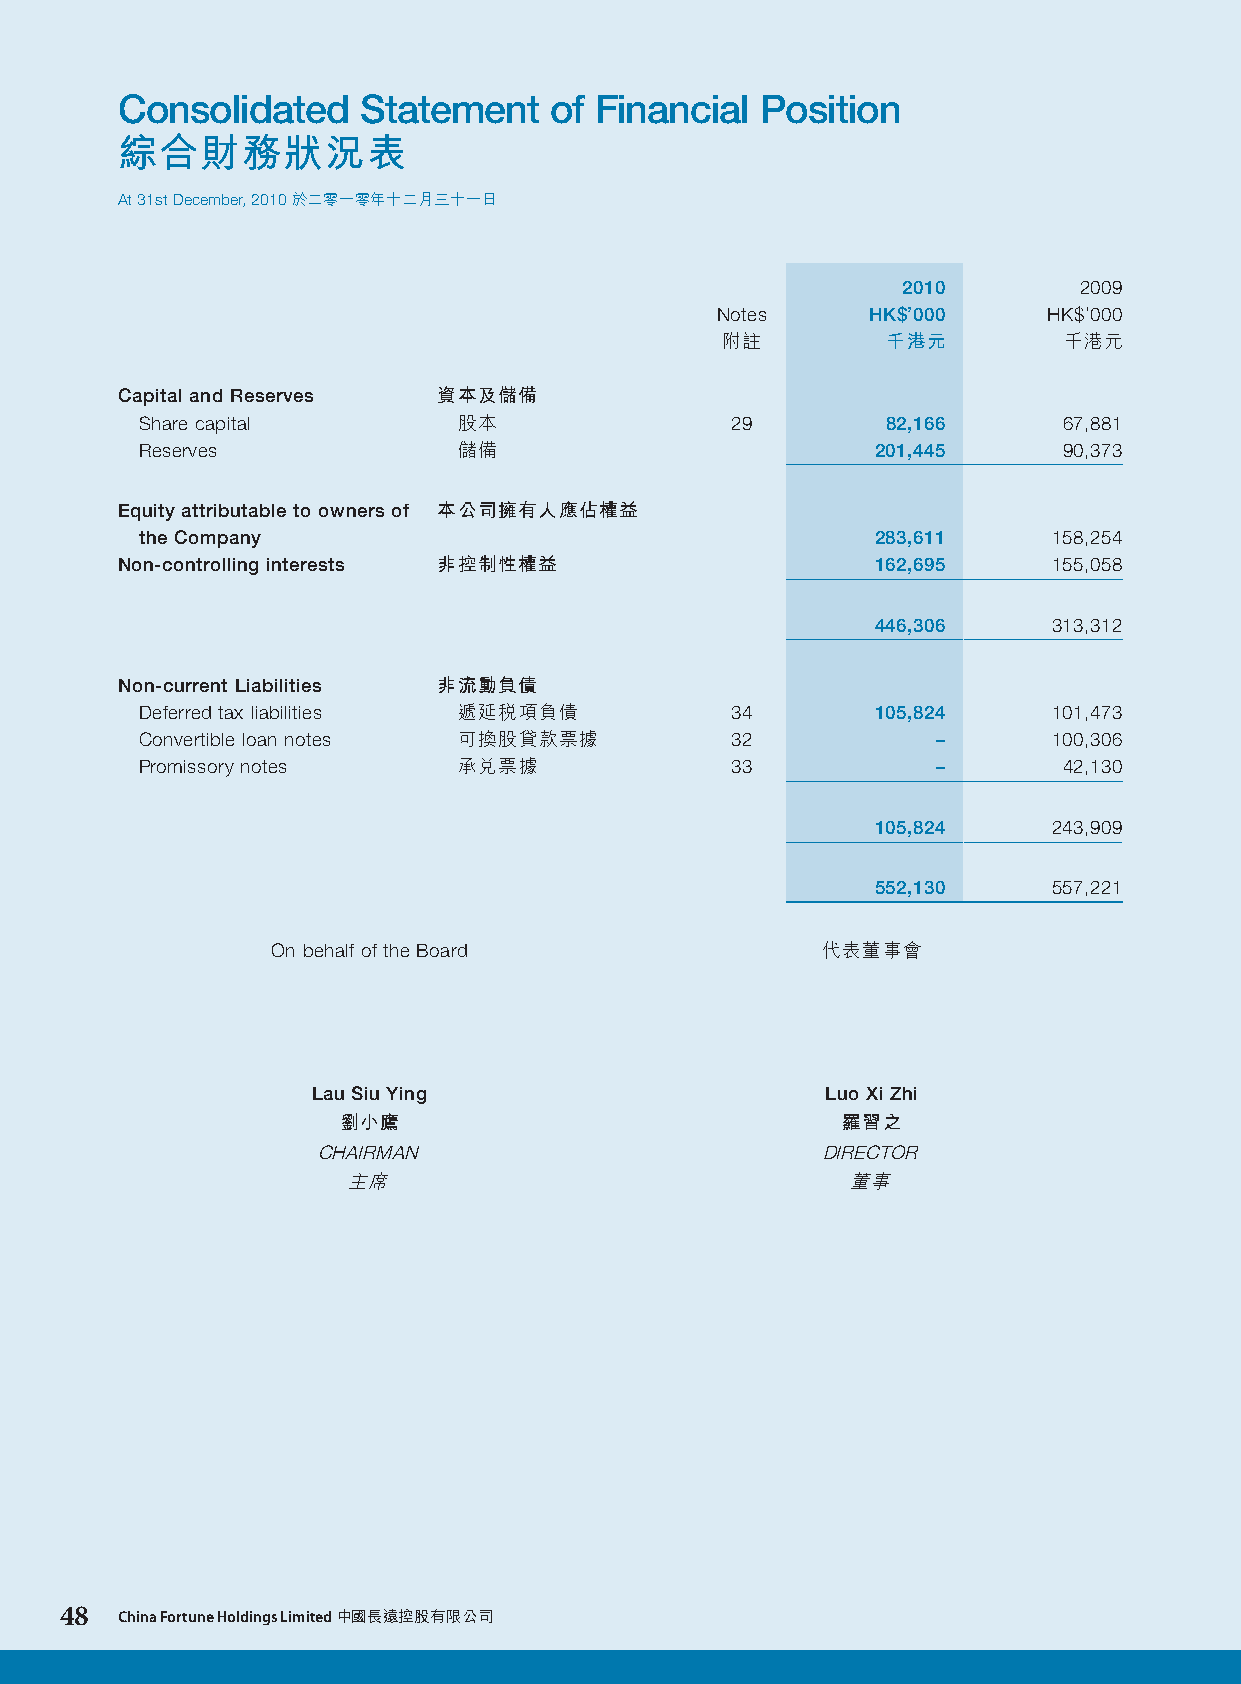
Consolidated    Statement   of Financial  Position
 綜合財務狀況表
 At 31st December, 2010 於二零一零年十二月三十一日
 2010       2009
 Notes     HK$’000     HK$’000
 附註         千港元        千港元
 Capital and Reserves 資本及儲備
 Share capital        股本                29         82,166     67,881
 Reserves             儲備                          201,445     90,373
 Equity attributable to owners of 本公司擁有人應佔權益
 the Company                                      283,611     158,254
 Non-controlling interests 非控制性權益                  162,695     155,058
 446,306     313,312
 Non-current Liabilities 非流動負債
 Deferred tax liabilities 遞延稅項負債        34        105,824     101,473
 Convertible loan notes 可換股貸款票據         32            –       100,306
 Promissory notes     承兌票據              33            –       42,130
 105,824     243,909
 552,130     557,221
 On behalf of the Board              代表董事會
 Lau Siu Ying                      Luo Xi Zhi
 劉小鷹                               羅習之
 CHAIRMAN                         DIRECTOR
 主席                               董事
 48  China Fortune Holdings Limited 中國長遠控股有限公司